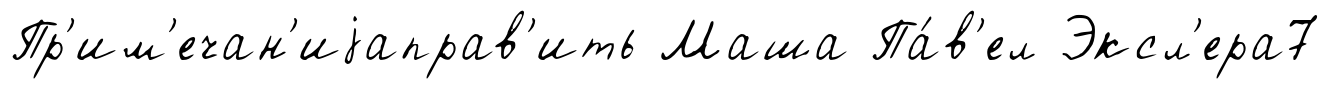
Пр'им'ечан'иjаправ'ить Маша Па́в'ел Эксл'ера7